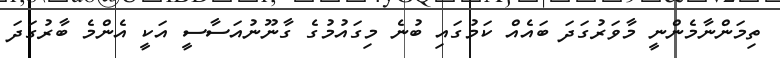
ތިމަންނާމެންނީ މާވަރުގަދަ ބައެއް ކަމުގައި ބުނެ މިގައުމުގެ ގާނޫނުއަސާސީ އަކީ އެންމެ ބާރުގަދަ